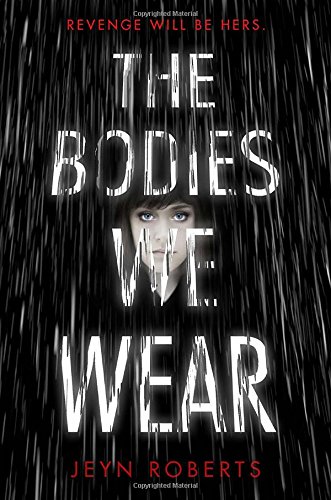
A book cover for The Bodies We Wear; Jeyn Roberts; Teen & Young Adult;